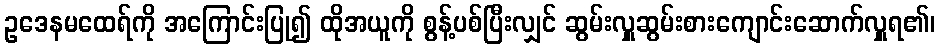
ဥဒေနမထေရ်ကို အကြောင်းပြု၍ ထိုအယူကို စွန့်ပစ်ပြီးလျှင် ဆွမ်းလှူဆွမ်းစားကျောင်းဆောက်လှူရ၏၊